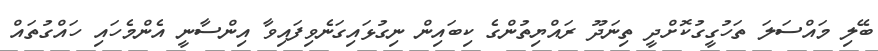
ބޭލި މައްސަލަ ތަހުގީގުކޮށްދީ ތިނަދޫ ރައްޔިތުންގެ ކިބައިން ނިގުޅައިގަނެވިފައިވާ އިންސާނީ އެންމެހައި ހައްގުތައް